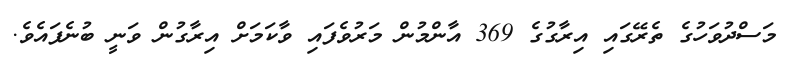
މަސްދުވަހުގެ ތެރޭގައި އިރާގުގެ 369 އާންމުން މަރުވެފައި ވާކަމަށް އިރާގުން ވަނީ ބުނެފައެވެ.